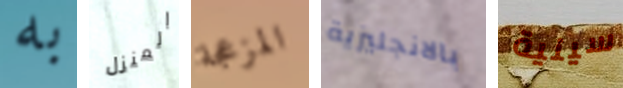
به المنزل المزعجة بالانجليزية سينية